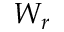
W _ { r }